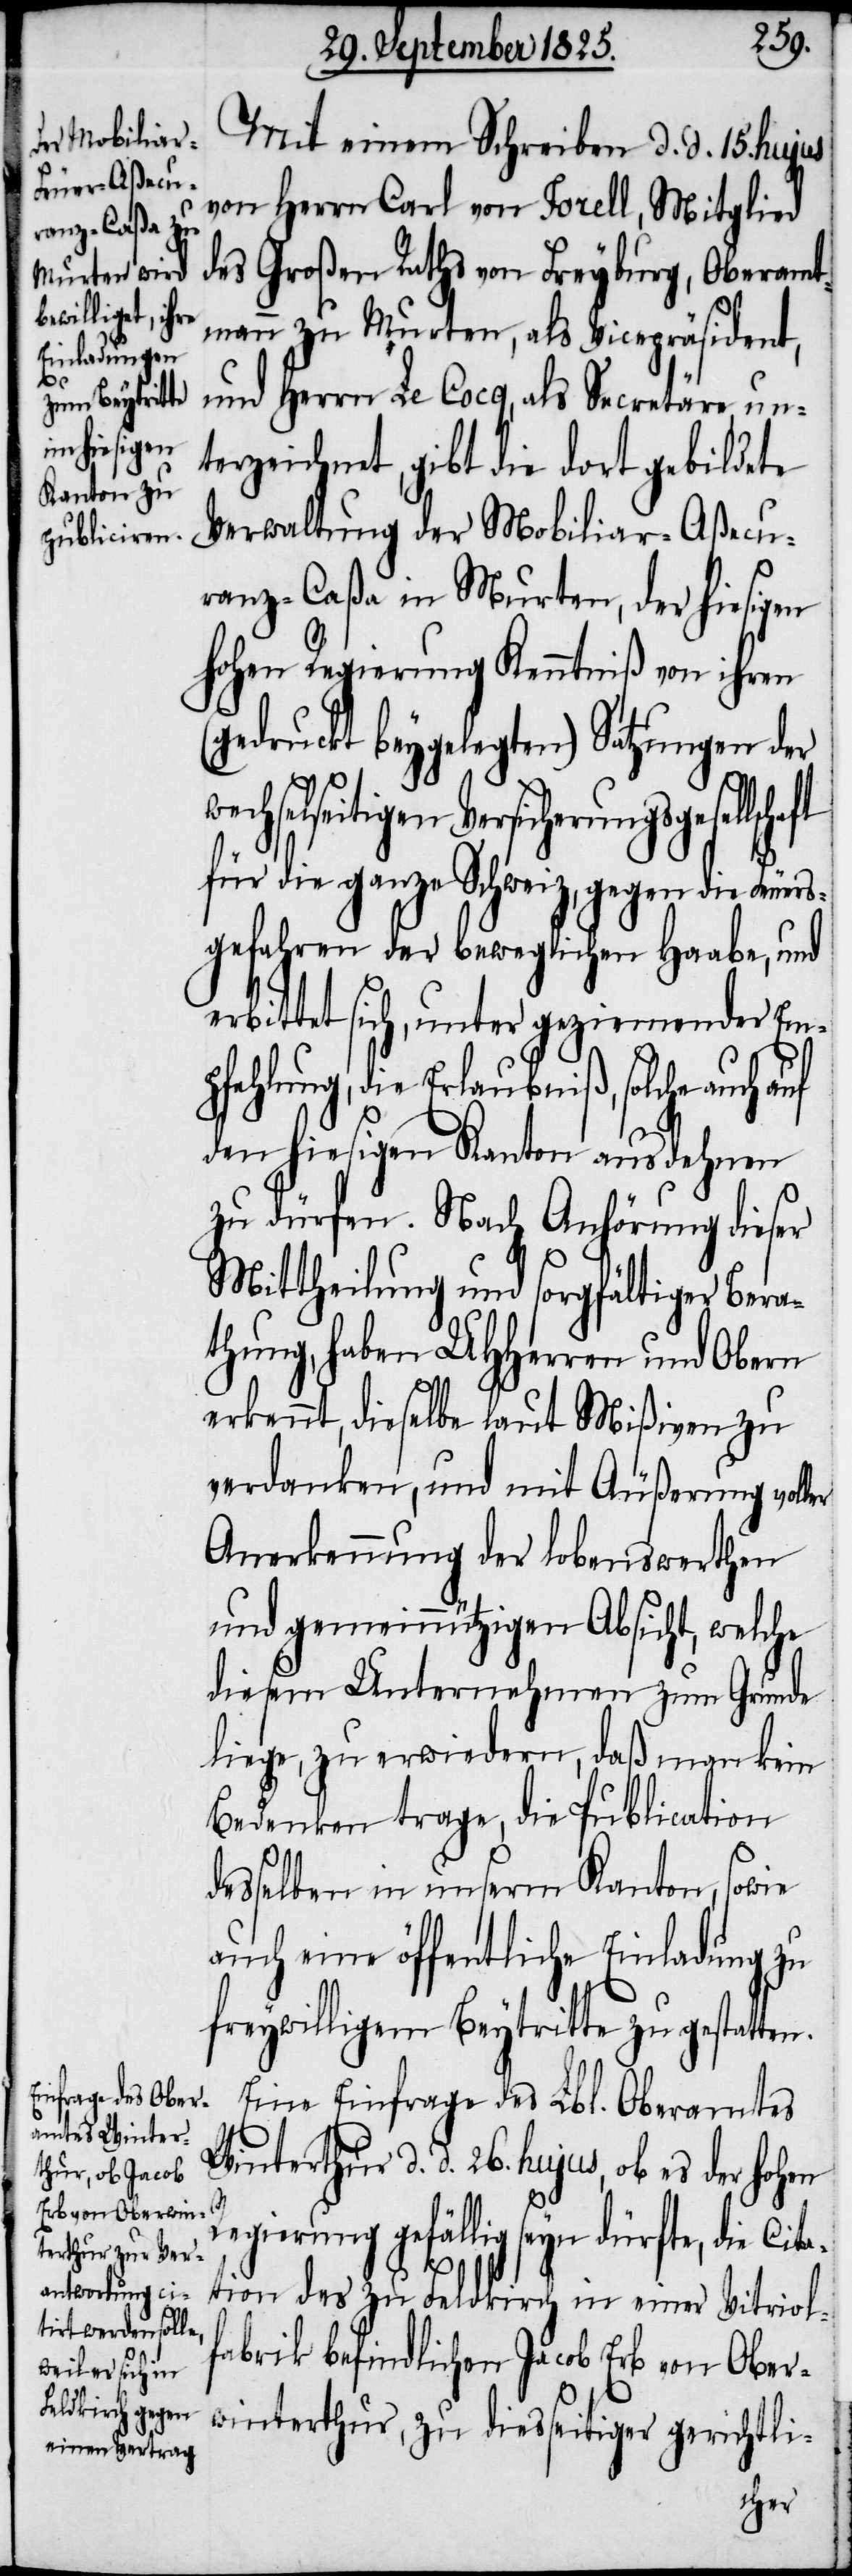
Mit einem Schreiben d. d. 15. hujus
von Herrn Carl von Sorell, Mitglied
des Großen Raths von Freyburg, Oberamt¬
mann zu Murten, als Vicepräsident,
und Herrn Le Cocq, als Secretäre, un¬
terzeichnet, gibt die dort gebildete
Verwaltung der Mobiliar-Aßecu¬
ranz-Caßa in Murten, der hiesigen
hohen Regierung Kenntniß von ihren
(gedruckt beygelegten) Satzungen der
echselseitigen Versicherungsgesell¬
für die ganze Schweiz, gegen die Feuer¬
sgefahren der beweglichen Haabe, und
erbittet sich, unter geziemender Em¬
pfehlung, die Erlaubniß, solche auch auf
den hiesigen Kanton ausdehnen
zu dürfen. Nach Anhörung dieser
Mittheilung und sorgfältiger Bera¬
thung, haben UHHerren und Obern
erkennt, dieselbe laut Mißiven zu
verdanken, und mit Äußerung voller
Anerkennung der lobenswerthen
und gemeinnützigen Absicht, welche
diesem Unternehmen zum Grunde
liege, zu erwiedern, daß man kein
Bedenken trage, die Publication
desselben in unserm Kanton, sowie
auch eine öffentliche Einladung zu
freywilligem Beytritte zu gestatten.
Eine Einfrage des Lbl. Oberamtes
Winterthur d. d. 26. hujus, ob es der hohen
w¬
Regierung gefällig seyn dürfte, die Cita¬
tion des zu Feldkirch in einer Vitriol¬
fabrik befindlichen Jacob Erb von Ober¬
winterthur, zu diesseitiger gerichtli-
schaft